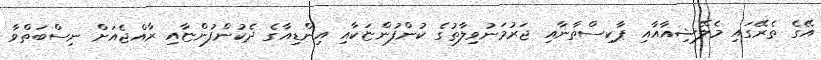
އޭގެ ތެރޭގައި މެލޭޝިއާއާއި ޕާކިސްތާނާއި ޖަރުމަނުވިލާތުގެ ކުންފުންޏަކާއި އިންޑިއާގެ ދެކުންފުންޏާއި ރާއްޖެއަށް ނިސްބަތްވާ